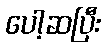
ပေါ့ဆပြီး